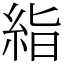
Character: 𥿻